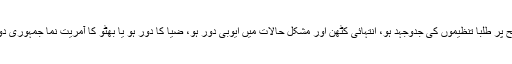
ملکی ڈکٹیرشپ کے دور میں بحالی جموریت کے، ایم آر ڈی کی تحریک ہو یا ملکی و بلوچستان سطح پر طلبا تنظیموں کی جدوجہد ہو، انتہائی کٹھن اور مشکل حالات میں ایوبی دور ہو، ضیا کا دور ہو یا بھٹو کا آمریت نما جمہوری دور ہو، جمہوری پرامن سیاسی ماحول کے قیام کے لیے طلبا تنظیموں نے بے شمار قربانیاں دی ہیں۔